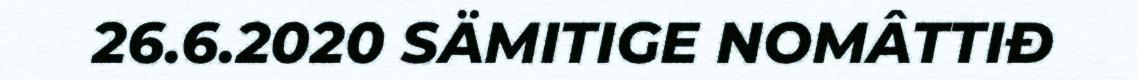
26.6.2020 SÄMITIGE NOMÂTTIĐ